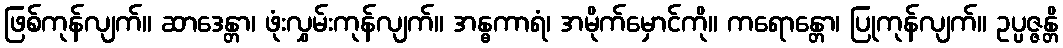
ဖြစ်ကုန်လျက်။ ဆာဒေန္တာ၊ ဖုံးလွှမ်းကုန်လျက်။ အန္ဓကာရံ၊ အမိုက်မှောင်ကို။ ကရောန္တော၊ ပြုကုန်လျက်။ ဥပ္ပဇ္ဇန္တိ